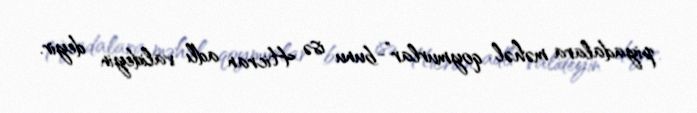
piyadalara məhəl qoymurlar”-bunu isə Hicran adlı valideyin deyir.